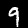
Digit: 9